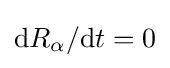
{\mathrm {d} }R_{\alpha }/{\mathrm {d} }t=0